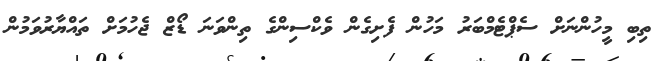
ތިބި މީހުންނަށް ސެޕްޓެމްބަރު މަހުން ފެށިގެން ވެކްސިންގެ ތިންވަނަ ޑޯޒް ޖެހުމަށް ތައްޔާރުވަމުން